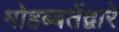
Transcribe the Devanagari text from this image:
मोहब्बतेंद्वारे